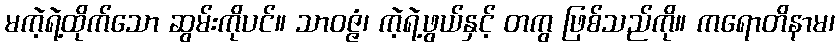
မကဲ့ရဲ့ထိုက်သော ဆွမ်းကိုပင်။ သာဝဇ္ဇံ၊ ကဲ့ရဲ့ဖွယ်နှင့် တကွ ဖြစ်သည်ကို။ ကရောတိနာမ၊